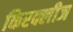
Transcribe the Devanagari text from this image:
किरक्लीज